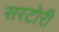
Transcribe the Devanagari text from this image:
सरटोरी